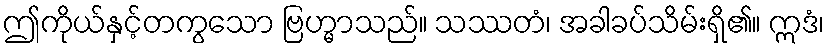
ဤကိုယ်နှင့်တကွသော ဗြဟ္မာသည်။ သဿတံ၊ အခါခပ်သိမ်းရှိ၏။ ဣဒံ၊